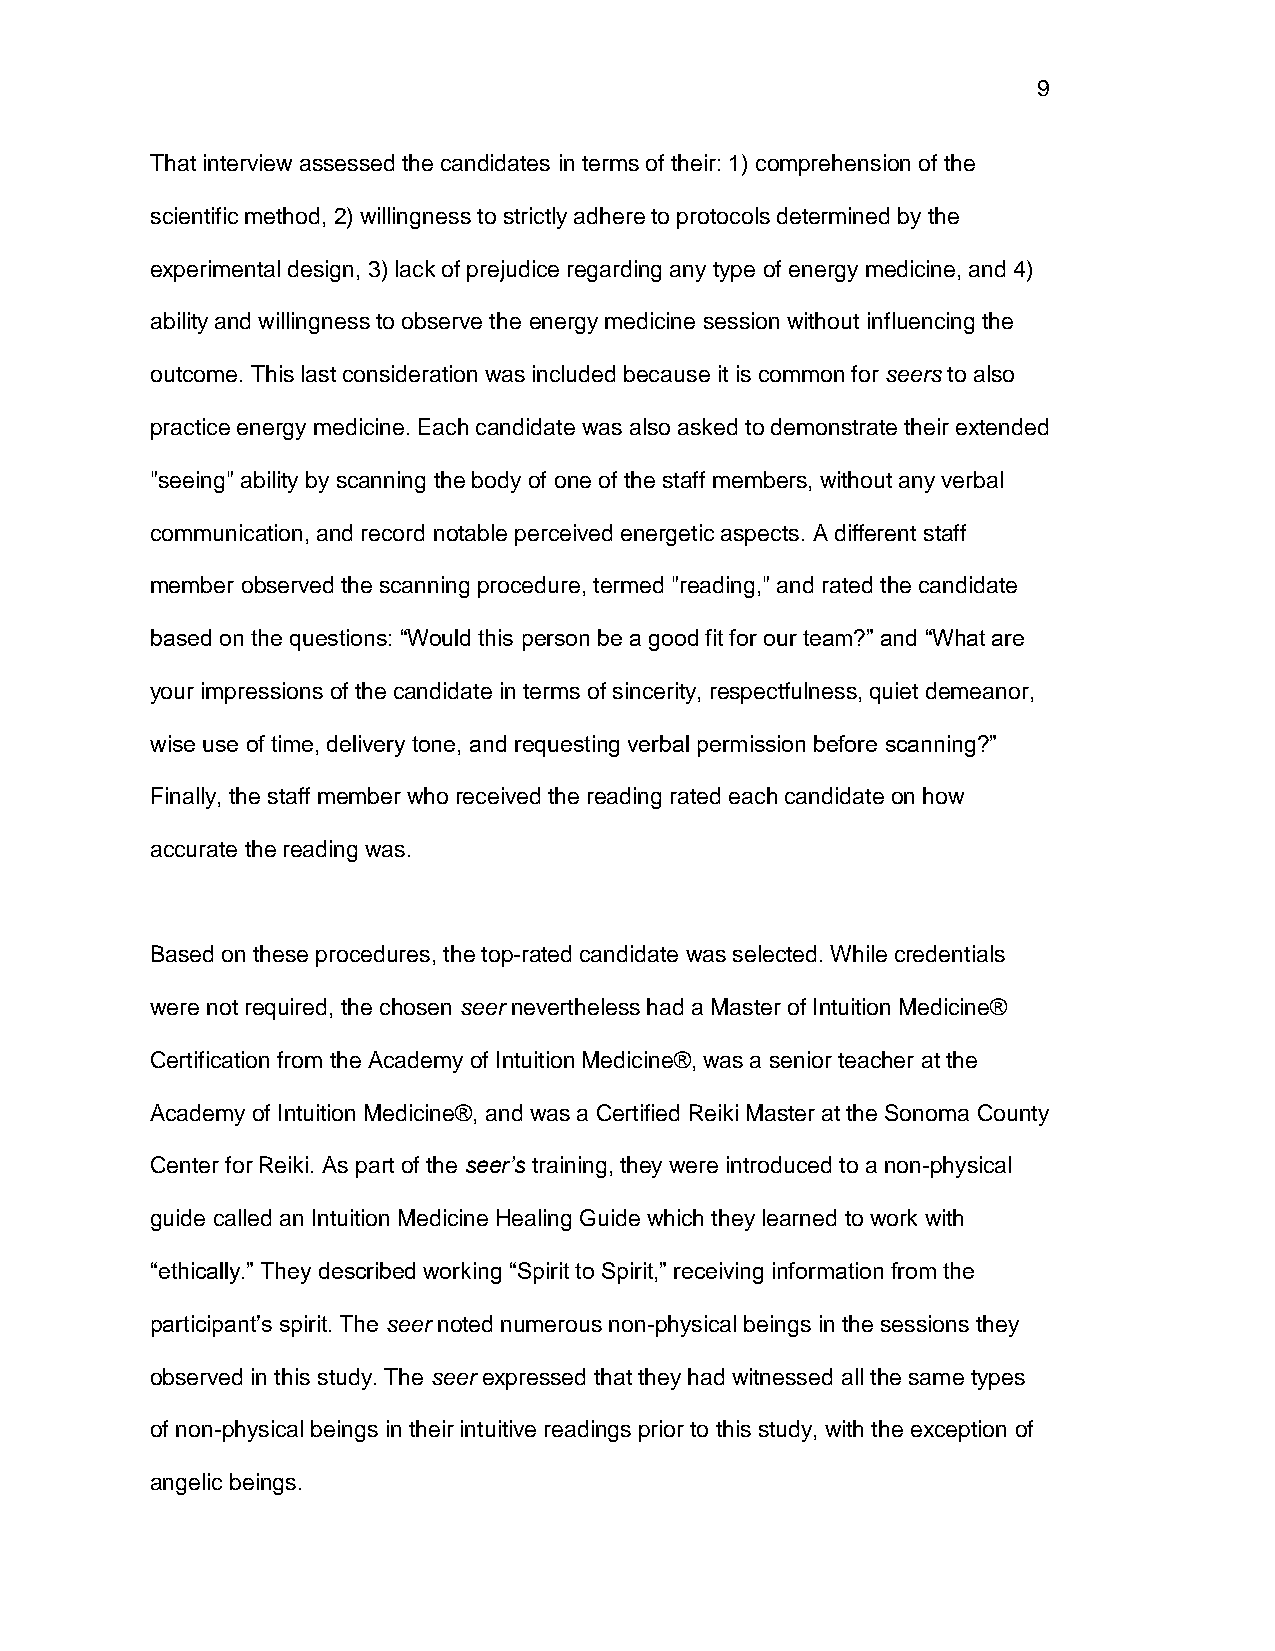
9
 That interview assessed the candidates in terms of their: 1) comprehension of the
 scientific method, 2) willingness to strictly adhere to protocols determined by the
 experimental design, 3) lack of prejudice regarding any type of energy medicine, and 4)
 ability and willingness to observe the energy medicine session without influencing the
 outcome. This last consideration was included because it is common for seers to also
 practice energy medicine. Each candidate was also asked to demonstrate their extended
 "seeing" ability by scanning the body of one of the staff members, without any verbal
 communication, and record notable perceived energetic aspects. A different staff
 member observed the scanning procedure, termed "reading," and rated the candidate
 based on the questions: “Would this person be a good fit for our team?” and “What are
 your impressions of the candidate in terms of sincerity, respectfulness, quiet demeanor,
 wise use of time, delivery tone, and requesting verbal permission before scanning?”
 Finally, the staff member who received the reading rated each candidate on how
 accurate the reading was.
 Based on these procedures, the top-rated candidate was selected. While credentials
 were not required, the chosen seer nevertheless had a Master of Intuition Medicine®
 Certification from the Academy of Intuition Medicine®, was a senior teacher at the
 Academy of Intuition Medicine®, and was a Certified Reiki Master at the Sonoma County
 Center for Reiki. As part of the seer’s training, they were introduced to a non-physical
 guide called an Intuition Medicine Healing Guide which they learned to work with
 “ethically.” They described working “Spirit to Spirit,” receiving information from the
 participant’s spirit. The seer noted numerous non-physical beings in the sessions they
 observed in this study. The seer expressed that they had witnessed all the same types
 of non-physical beings in their intuitive readings prior to this study, with the exception of
 angelic beings.